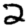
Digit: 2